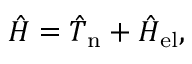
\hat { H } = \hat { T } _ { \mathrm { n } } + \hat { H } _ { \mathrm { e l } } ,